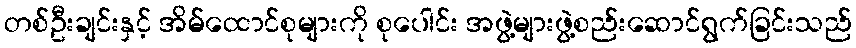
တစ်ဦးချင်းနှင့် အိမ်ထောင်စုများကို စုပေါင်း အဖွဲ့များဖွဲ့စည်းဆောင်ရွက်ခြင်းသည်